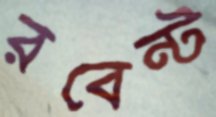
রবেন্ট